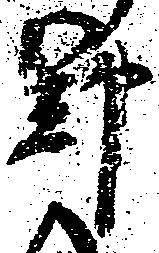
野